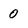
Character: 0